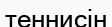
теннисін